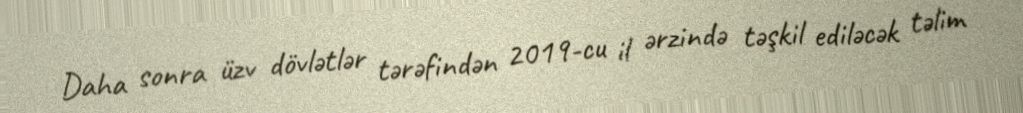
Daha sonra üzv dövlətlər tərəfindən 2019-cu il ərzində təşkil ediləcək təlim